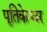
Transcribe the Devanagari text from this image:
पूतिकेश्वर